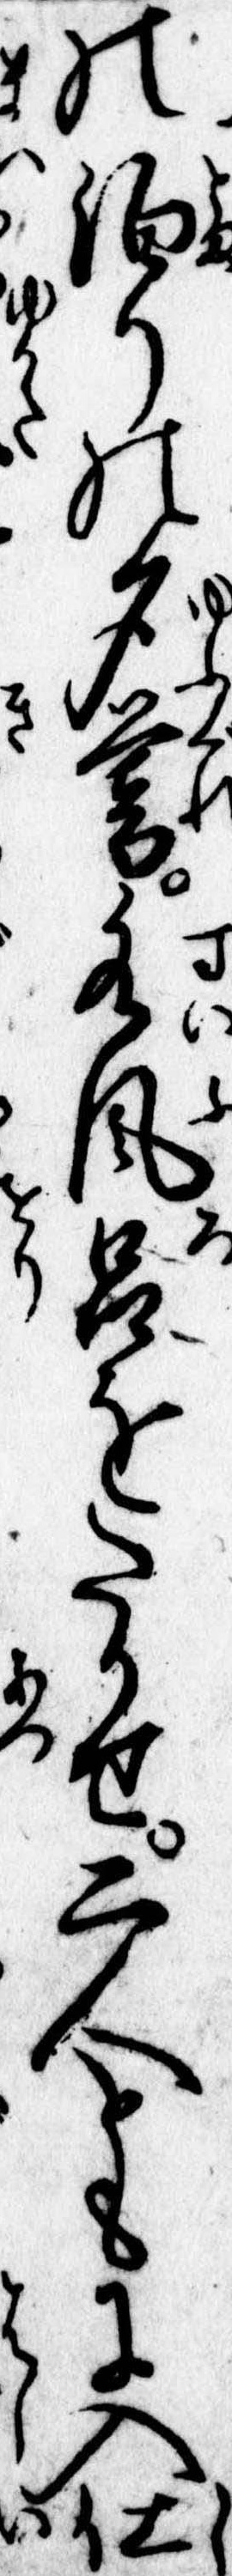
の泊りの夕暮水風呂をたかせ二人ともに入仕